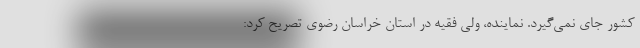
کشور جای نمی‌گیرد. نماینده، ولی فقیه در استان خراسان رضوی تصریح کرد: